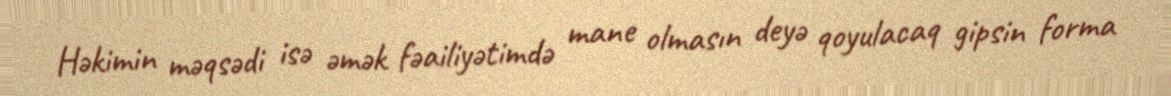
Həkimin məqsədi isə əmək fəailiyətimdə mane olmasın deyə qoyulacaq gipsin forma